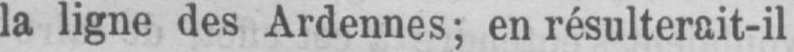
la ligne des Ardennes; en résulterait-il